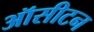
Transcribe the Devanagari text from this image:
ऑसीटन